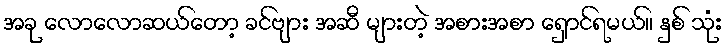
အခု လောလောဆယ်တော့ ခင်ဗျား အဆီ များတဲ့ အစားအစာ ရှောင်ရမယ်။ နှစ် သုံး